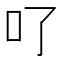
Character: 𠮩